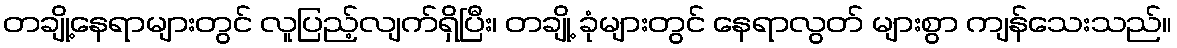
တချို့နေရာများတွင် လူပြည့်လျက်ရှိပြီး၊ တချို့ ခုံများတွင် နေရာလွတ် များစွာ ကျန်သေးသည်။